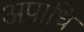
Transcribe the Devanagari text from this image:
अपाधि